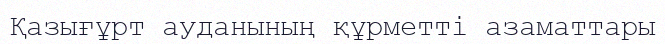
Қазығұрт ауданының құрметті азаматтары